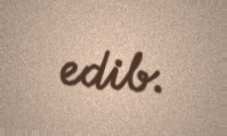
edib.